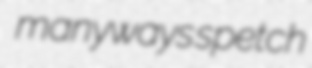
manyways spetch